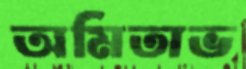
অমিতাভ